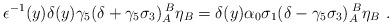
LaTeX: \begin{align*} \epsilon^{-1}(y) \delta(y) \gamma_5(\delta+\gamma_5\sigma_3)_A^{\;B}\eta_B=\delta(y)\alpha_{0}\sigma_1(\delta-\gamma_{5}\sigma_3)_A^{\;B}\eta_B\ .\end{align*}